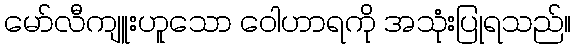
မော်လီကျူးဟူသော ဝေါဟာရကို အသုံးပြုရသည်။